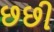
છછી